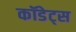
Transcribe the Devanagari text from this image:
कॉडेट्स